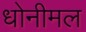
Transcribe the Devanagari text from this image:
धोनीमल